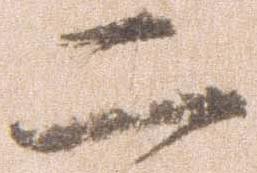
二